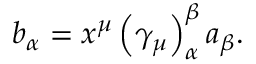
b _ { \alpha } = x ^ { \mu } \left( \gamma _ { \mu } \right) _ { \alpha } ^ { \beta } a _ { \beta } .